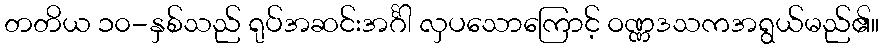
တတိယ ၁၀-နှစ်သည် ရုပ်အဆင်းအင်္ဂါ လှပသောကြောင့် ဝဏ္ဏဒသကအရွယ်မည်၏။